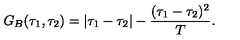
G _ { B } ( \tau _ { 1 } , \tau _ { 2 } ) = | \tau _ { 1 } - \tau _ { 2 } | - { \frac { ( \tau _ { 1 } - \tau _ { 2 } ) ^ { 2 } } { T } } .